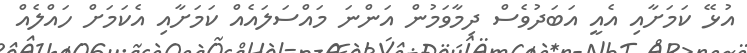
އުޅޭ ކަމަށާއި އެއީ އަބަދުވެސް ދިމާވަމުން އަންނަ މައްސަލައެއް ކަމަށާއި އެކަމަށް ހައްލެއް